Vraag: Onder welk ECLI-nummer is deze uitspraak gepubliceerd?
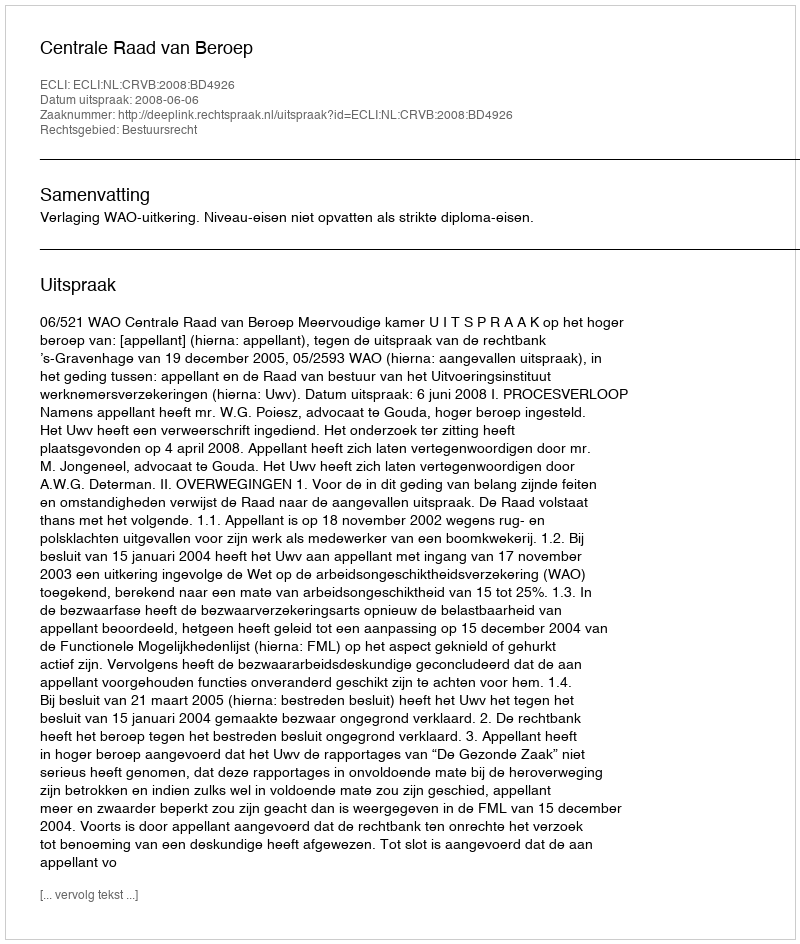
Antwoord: ECLI:NL:CRVB:2008:BD4926